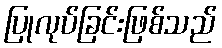
ပြုလုပ်ခြင်းဖြစ်သည်